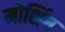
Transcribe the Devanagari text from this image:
मोशिंग